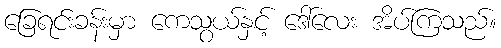
ခြေရင်းခန်းမှာ ကေသွယ်နှင့် ဒေါ်လေး အိပ်ကြသည်။